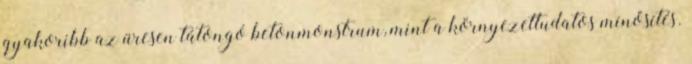
gyakoribb az üresen tátongó betonmonstrum, mint a környezettudatos minősítés.